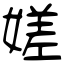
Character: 嫅